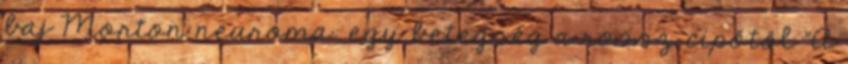
baj Morton neuroma: egy betegség a rossz cipőtől "A